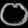
Digit: ၀